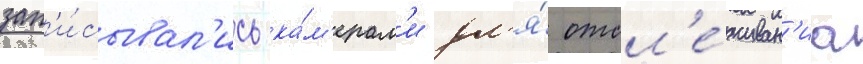
зап'и́сывал'ись ка́м'ерам'и дл'я́ отсл'е́живан'иа